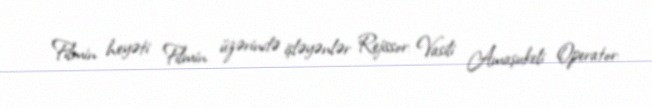
Filmin heyəti Filmin üzərində işləyənlər Rejissor: Vasili Amaşukeli Operator: